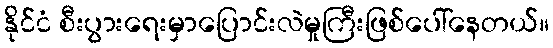
နိုင်ငံ စီးပွားရေးမှာပြောင်းလဲမှုကြီးဖြစ်ပေါ်နေတယ်။